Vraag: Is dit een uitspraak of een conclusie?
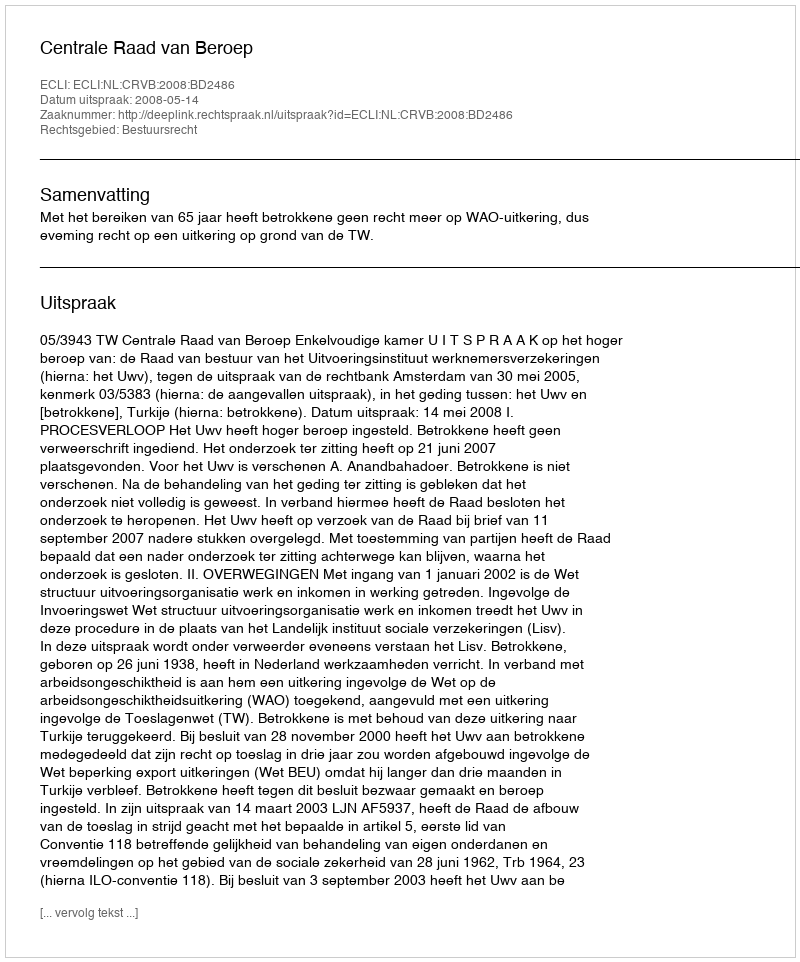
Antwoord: Uitspraak